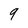
Character: 9